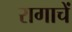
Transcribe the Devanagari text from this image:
रागाचें